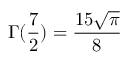
\Gamma ( \frac { 7 } { 2 } ) = \frac { 1 5 \sqrt { \pi } } { 8 }